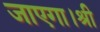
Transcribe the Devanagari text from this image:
जाएगा।श्री